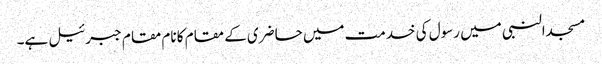
مسجدالنبی میں رسول کی خدمت میں حاضری کے مقام کا نام مقام جبرئیل ہے۔